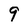
Character: 9